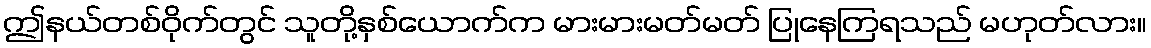
ဤနယ်တစ်ဝိုက်တွင် သူတို့နှစ်ယောက်က မားမားမတ်မတ် ပြုနေကြရသည် မဟုတ်လား။